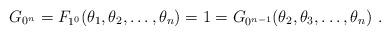
LaTeX: \begin{align*}G_{0^n} = F_{1^0}(\theta_1,\theta_2 ,\ldots,\theta_n) = 1= G_{0^{n-1}}(\theta_2, \theta_3, \ldots, \theta_n)~.\end{align*}